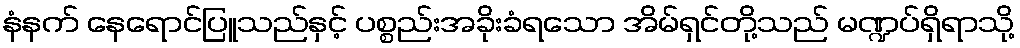
နံနက် နေရောင်ပြူသည်နှင့် ပစ္စည်းအခိုးခံရသော အိမ်ရှင်တို့သည် မဏ္ဍပ်ရှိရာသို့